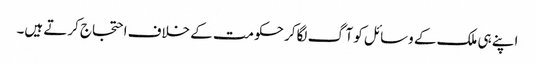
اپنے ہی ملک کے وسائل کو آگ لگاکر حکومت کے خلاف احتجاج کرتے ہیں۔